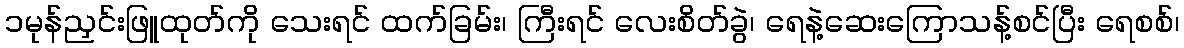
၁မုန်ညှင်းဖြူထုတ်ကို သေးရင် ထက်ခြမ်း၊ ကြီးရင် လေးစိတ်ခွဲ၊ ရေနဲ့ဆေးကြောသန့်စင်ပြီး ရေစစ်၊